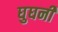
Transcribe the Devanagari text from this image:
घुघनी